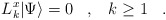
\begin{align*}L^x_k|\Psi\rangle = 0\;\;\;,\;\;\; k\geq1\;\;\;.\end{align*}